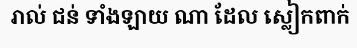
រាល់ ជន់ ទាំងឡាយ ណា ដែល ស្លៀកពាក់